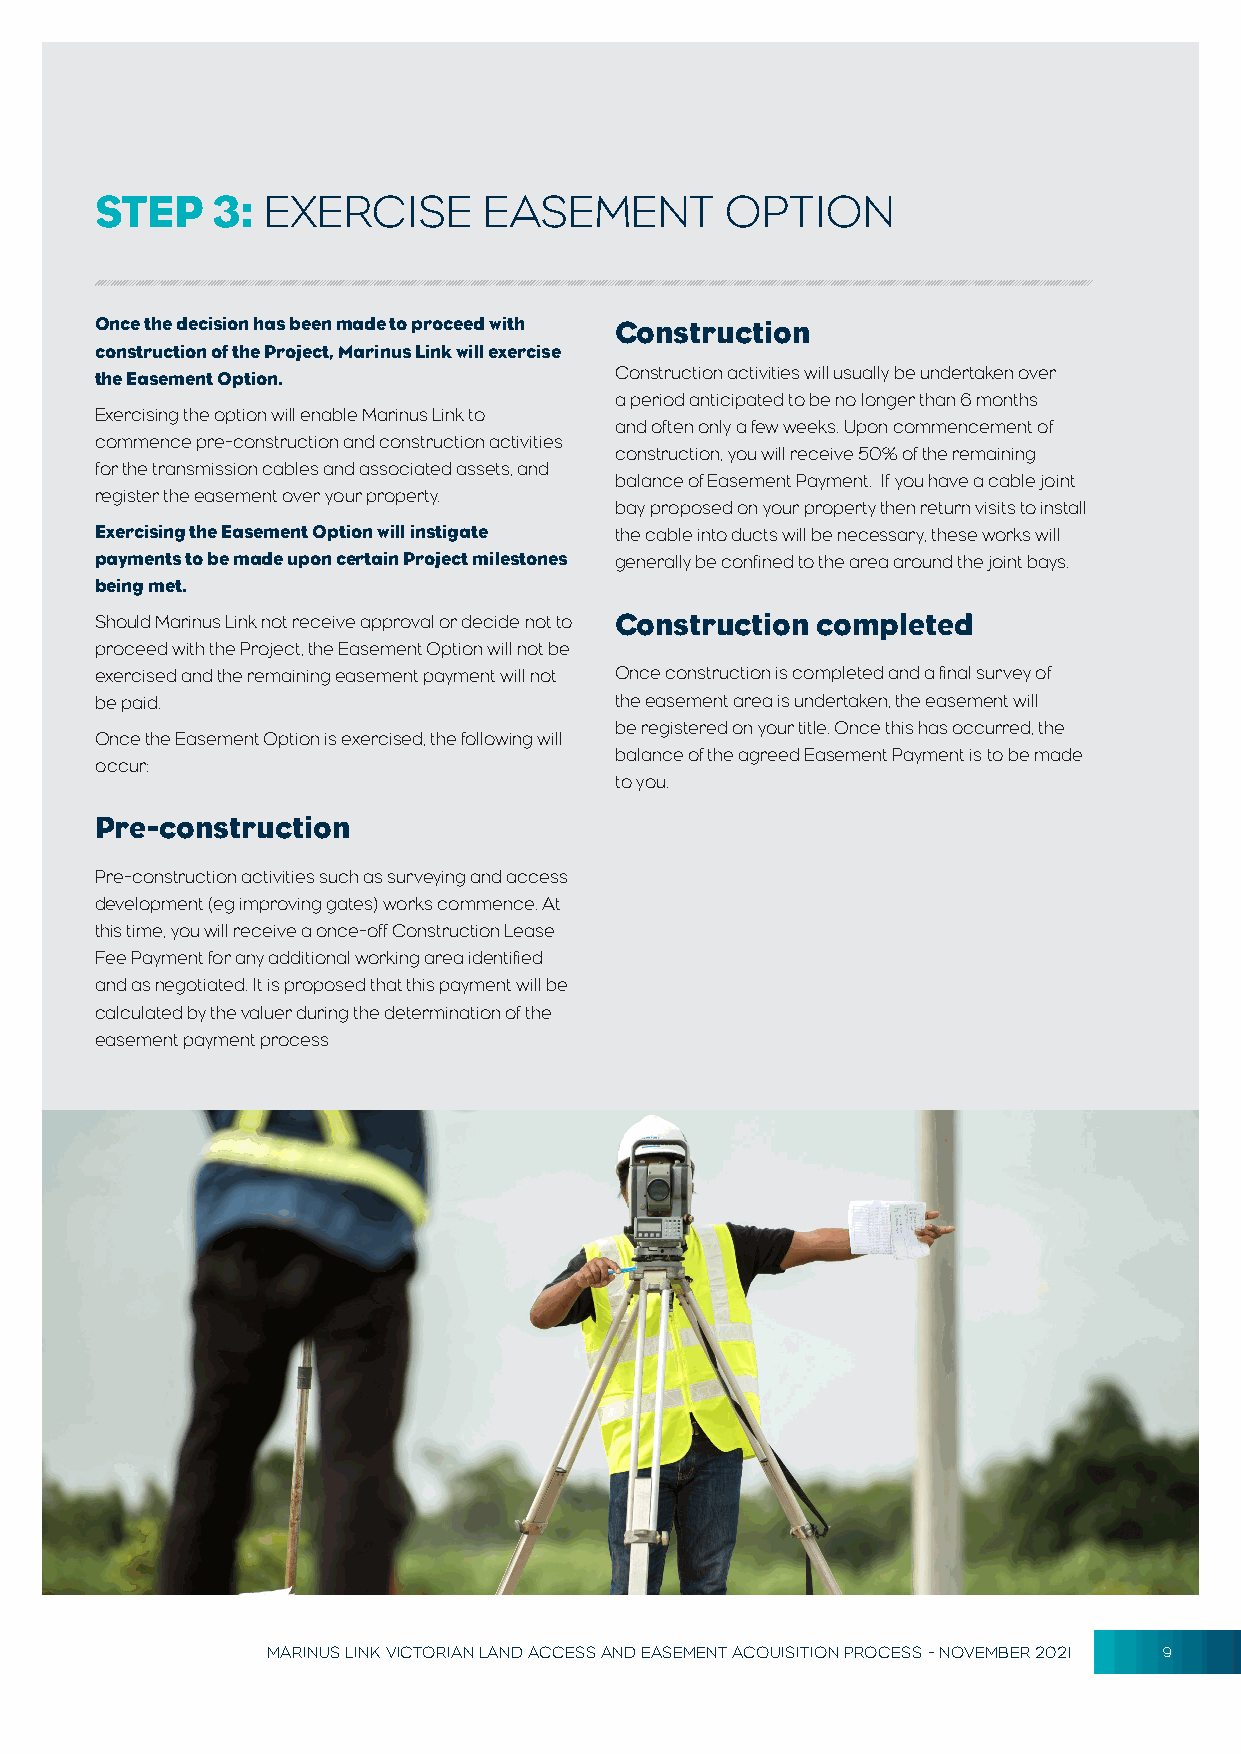
STEP    3: EXERCISE       EASEMENT        OPTION
 Once the decision has been made to proceed with Construction
 construction of the Project, Marinus Link will exercise
 the Easement Option.               Construction activities will usually be undertaken over
 a period anticipated to be no longer than 6 months
 Exercising the option will enable Marinus Link to
 and often only a few weeks. Upon commencement of
 commence pre-construction and construction activities
 construction, you will receive 50% of the remaining
 for the transmission cables and associated assets, and
 balance of Easement Payment. If you have a cable joint
 register the easement over your property.
 bay proposed on your property then return visits to install
 Exercising the Easement Option will instigate the cable into ducts will be necessary, these works will
 payments to be made upon certain Project milestones generally be confined to the area around the joint bays.
 being met.
 Should Marinus Link not receive approval or decide not to Construction completed
 proceed with the Project, the Easement Option will not be
 exercised and the remaining easement payment will not Once construction is completed and a final survey of
 be paid.                           the easement area is undertaken, the easement will
 be registered on your title. Once this has occurred, the
 Once the Easement Option is exercised, the following will
 balance of the agreed Easement Payment is to be made
 occur:
 to you.
 Pre-construction
 Pre-construction activities such as surveying and access
 development (eg improving gates) works commence. At
 this time, you will receive a once-off Construction Lease
 Fee Payment for any additional working area identified
 and as negotiated. It is proposed that this payment will be
 calculated by the valuer during the determination of the
 easement payment process
 MARINUS LINK VICTORIAN LAND ACCESS AND EASEMENT ACQUISITION PROCESS - NOVEMBER 2021 9